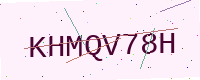
Text: KHMQV78H